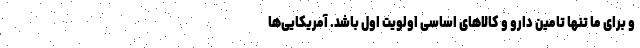
و برای ما تنها تامین دارو و کالاهای اساسی اولویت اول باشد. آمریکایی‌ها